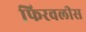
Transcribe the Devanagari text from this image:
फिरवलीस